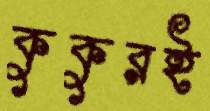
কুকুরই